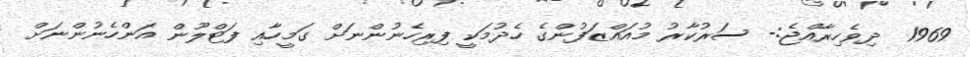
1969  ދިވެހިރާއްޖެ:- ސަރުކާރު މުއައްޒަފުންގެ ހެދުމަކީ ފިރިހެނުންނަށް ގަމީހާއި ފަޓްލޫން އަންހެނުންނަށް